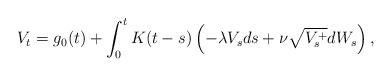
LaTeX: \begin{align*}V_t = g_0(t) + \int_0^t K(t-s) \left( -\lambda V_s ds + \nu \sqrt{V_s^+} dW_s\right),\end{align*}